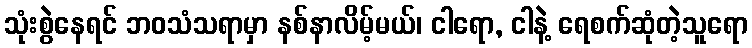
သုံးစွဲနေရင် ဘဝသံသရာမှာ နစ်နာလိမ့်မယ်၊ ငါရော, ငါနဲ့ ရေစက်ဆုံတဲ့သူရော